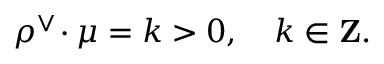
\rho ^ { \vee } \! \cdot \mu = k > 0 , \quad k \in { \bf Z } .